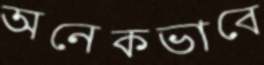
অনেকভাবে